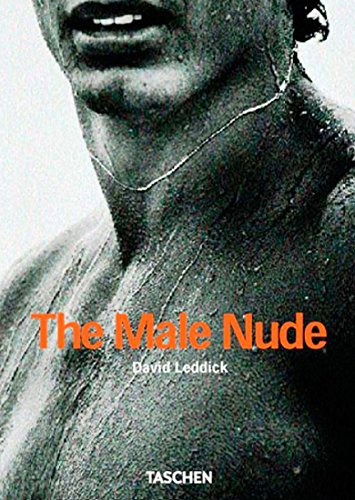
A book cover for The Male Nude; Arts & Photography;